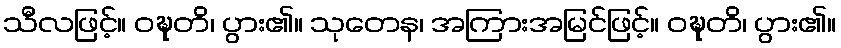
သီလဖြင့်။ ဝဍ္ဎတိ၊ ပွား၏။ သုတေန၊ အကြားအမြင်ဖြင့်။ ဝဍ္ဎတိ၊ ပွား၏။